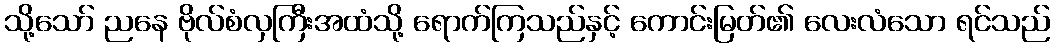
သို့သော် ညနေ ဗိုလ်စံလှကြီးအထံသို့ ရောက်ကြသည်နှင့် ကောင်းမြတ်၏ လေးလံသော ရင်သည်